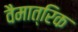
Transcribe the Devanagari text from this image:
वैमात्रिक